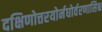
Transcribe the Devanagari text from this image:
दक्षिणोत्तरयोर्नघोर्वरणासिश्च